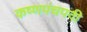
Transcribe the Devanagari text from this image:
कष्णपंचपदी